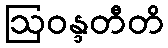
ဩဝန္ဒတီတိ